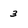
Character: 3